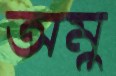
অমু